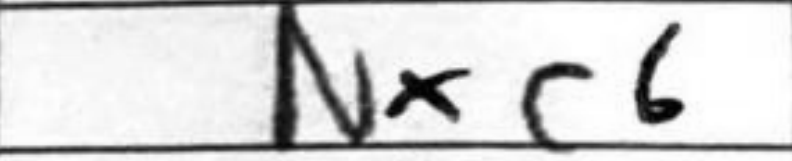
Transcription: Nxc6